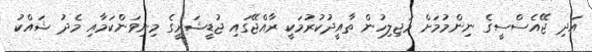
އަދި ޖޭއެސްސީގެ ނިންމުމަށް މަޖިލިހުން ތާއީދުކުރުމަކީ ރާއްޖޭގައި ޖުޑީޝަރީގެ މިނިވަންކަމާއި މެދު ޝައްކު